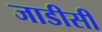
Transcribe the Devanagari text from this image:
जाडीसी